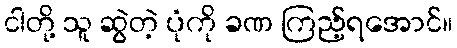
ငါတို့ သူ ဆွဲတဲ့ ပုံကို ခဏ ကြည့်ရအောင်။